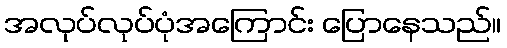
အလုပ်လုပ်ပုံအကြောင်း ပြောနေသည်။